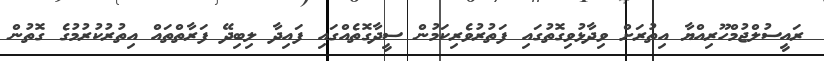
ރައީސުލްޖުމްހޫރިއްޔާ އިތުރަށް ވިދާޅުވިގޮތުގައި ފަތުރުވެރިކަމުން ސީދާގޮތެއްގައި ފައިދާ ލިބިދޭ ފަރާތްތައް އިތުރުކުރުމުގެ ގޮތުން